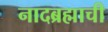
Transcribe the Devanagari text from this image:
नादब्रह्माची